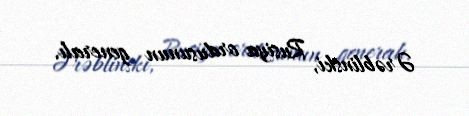
Ərəblinski, Rusiya ordusunun generalı.